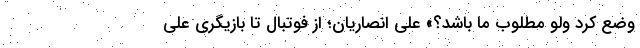
وضع کرد ولو مطلوب ما باشد؟» علی انصاریان؛ از فوتبال تا بازیگری علی